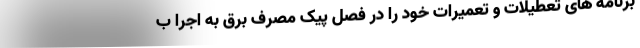
برنامه های تعطیلات و تعمیرات خود را در فصل پیک مصرف برق به اجرا ب